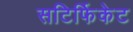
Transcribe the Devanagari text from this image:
सटिर्फिकेट